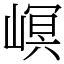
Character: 㟰